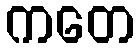
ကတေ